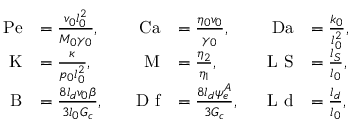
\begin{array} { r l r l r l } { \mathrm { P e } } & { = \frac { v _ { 0 } l _ { 0 } ^ { 2 } } { M _ { 0 } \gamma _ { 0 } } , } & { \quad \mathrm { C a } } & { = \frac { \eta _ { 0 } v _ { 0 } } { \gamma _ { 0 } } , } & { \quad \mathrm { D a } } & { = \frac { k _ { 0 } } { l _ { 0 } ^ { 2 } } , } \\ { \mathrm { K } } & { = \frac { \kappa } { p _ { 0 } l _ { 0 } ^ { 2 } } , } & { \mathrm { M } } & { = \frac { \eta _ { 2 } } { \eta _ { 1 } } , } & { \mathrm { L \textsubscript ~ S } } & { = \frac { l _ { S } } { l _ { 0 } } , } \\ { \quad \mathrm { B } } & { = \frac { 8 l _ { d } v _ { 0 } \beta } { 3 l _ { 0 } G _ { c } } , } & { \quad \mathrm { D \textsubscript ~ f } } & { = \frac { 8 l _ { d } \psi _ { e } ^ { A } } { 3 G _ { c } } , } & { \mathrm { L \textsubscript ~ d } } & { = \frac { l _ { d } } { l _ { 0 } } , } \end{array}